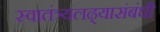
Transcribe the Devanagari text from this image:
स्वातंत्र्यलढ्यासंबंधी